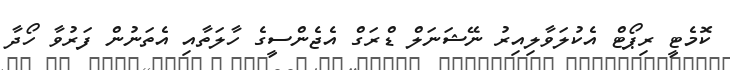
ކޮމެޓީ ރިޕޯޓް އެކުލަވާލިއިރު ނޭޝަނަލް ޑްރަގް އެޖެންސީގެ ހާލަތާއި އެތަނުން ފަރުވާ ހޯދާ